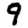
Digit: 9